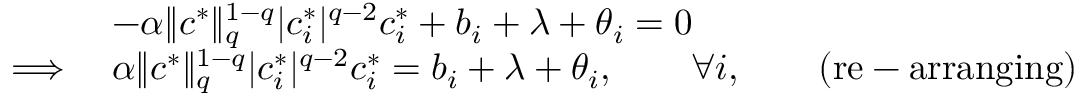
\begin{array} { r l } & { - \alpha \lVert c ^ { * } \rVert _ { q } ^ { 1 - q } | c _ { i } ^ { * } | ^ { q - 2 } c _ { i } ^ { * } + b _ { i } + \lambda + \theta _ { i } = 0 } \\ { \implies } & { \alpha \lVert c ^ { * } \rVert _ { q } ^ { 1 - q } | c _ { i } ^ { * } | ^ { q - 2 } c _ { i } ^ { * } = b _ { i } + \lambda + \theta _ { i } , \qquad \forall i , \qquad \mathrm { ( r e - a r r a n g i n g ) } } \end{array}